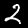
Digit: 2